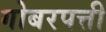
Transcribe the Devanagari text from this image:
गोबरपत्ती